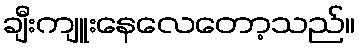
ချီးကျူးနေလေတော့သည်။